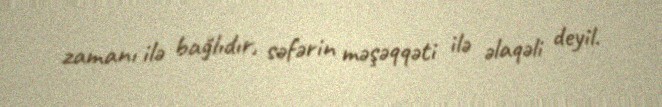
zamanı ilə bağlıdır, səfərin məşəqqəti ilə əlaqəli deyil.